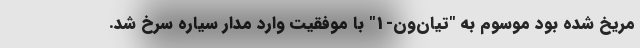
مریخ شده بود موسوم به "تیان‌ون-1" با موفقیت وارد مدار سیاره سرخ شد.